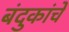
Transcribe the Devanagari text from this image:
बंदुकांचे